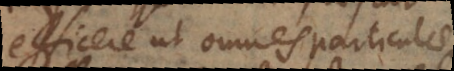
efficere ut omnes particulae